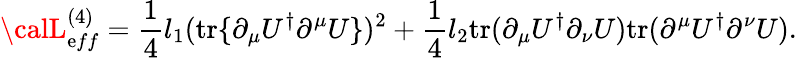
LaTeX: {\calL}_{\mathrm{e}ff}^{(4)}=\frac{1}{4}l_{1}(\mathrm{{tr}}\{ \partial_{\mu}U^{\dagger}\partial^{\mu}U\} )^{2}+\frac{1}{4}l_{2}\mathrm{{tr}}(\partial_{\mu}U^{\dagger}\partial_{\nu}U)\mathrm{{tr}}(\partial^{\mu}U^{\dagger}\partial^{\nu}U).